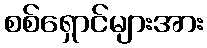
စစ်ရှောင်များအား